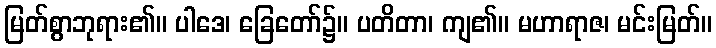
မြတ်စွာဘုရား၏။ ပါဒေ၊ ခြေတော်၌။ ပတိတာ၊ ကျ၏။ မဟာရာဇ၊ မင်းမြတ်။